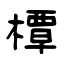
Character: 橝